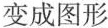
变成图形